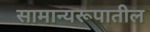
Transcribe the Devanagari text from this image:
सामान्यरूपातील